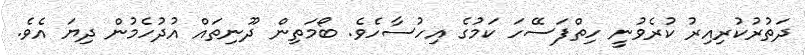
ދަތުރުކުރިއިރު ކުރެވުނީ ހިތްފަސޭހަ ކަމުގެ އިހުސާހެވެ. ބޯމަތިން ދޫނިތައް އުދުހެމުން ދިޔަ އެވެ.